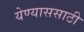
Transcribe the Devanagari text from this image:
येण्याससाठी